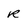
Character: r